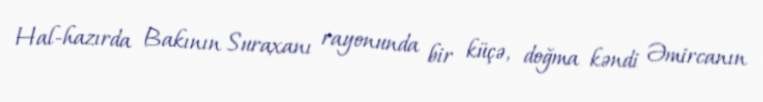
Hal-hazırda Bakının Suraxanı rayonunda bir küçə, doğma kəndi Əmircanın